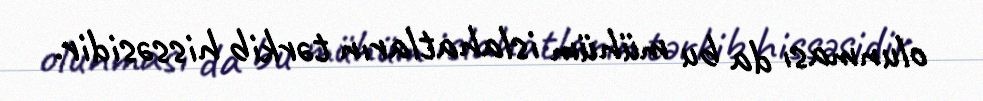
olunması da bu mühüm islahatların tərkib hissəsidir.